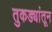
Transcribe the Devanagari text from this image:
तुकड्यांतून